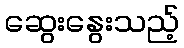
ဆွေးနွေးသည့်